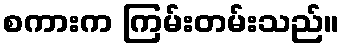
စကားက ကြမ်းတမ်းသည်။